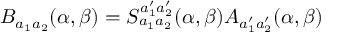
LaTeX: B _ { a _ { 1 } a _ { 2 } } ( \alpha , \beta ) = S _ { a _ { 1 } a _ { 2 } } ^ { a _ { 1 } ^ { \prime } a _ { 2 } ^ { \prime } } ( \alpha , \beta ) A _ { a _ { 1 } ^ { \prime } a _ { 2 } ^ { \prime } } ( \alpha , \beta )